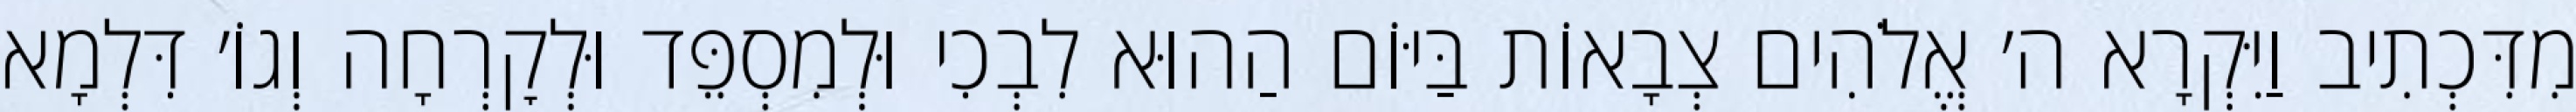
מִדִּכְתִיב וַיִּקְרָא ה׳ אֱלֹהִים צְבָאוֹת בַּיּוֹם הַהוּא לִבְכִי וּלְמִסְפֵּד וּלְקׇרְחָה וְגוֹ׳ דִּלְמָא